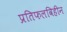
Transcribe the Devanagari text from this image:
प्रतिफलविहीन